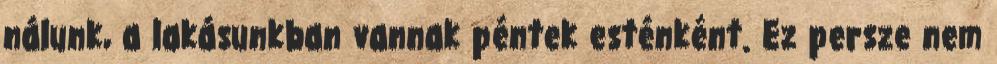
nálunk, a lakásunkban vannak péntek esténként. Ez persze nem